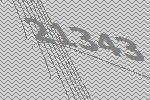
21343